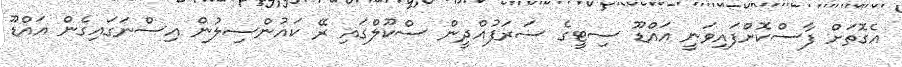
އެގޮތަށް ފާސްކޮށްފައިވަނީ އައްޑޫ ސިޓީގެ ސަރަފުއްދީން ސްކޫލްގައި ރޭ ކައުންސިލުން އިސްނަގައިގެން އައްޑޫ